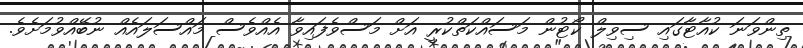
ތިންވަނަ ކުއާޓާގައި ސިވިލް ކޯޓުން މަސައްކަތްކުރީ އަށް މަސްވެފައިވާ އެއްވެސް މައްސަލައެއް ނުބޭއްވުމަށެވެ.